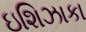
ઇશિઝાકા